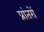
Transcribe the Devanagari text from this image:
प्रांतरों